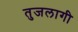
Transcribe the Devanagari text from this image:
तुजलागी